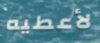
لأعطيه